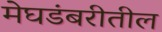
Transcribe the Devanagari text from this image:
मेघडंबरीतील